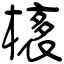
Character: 橠